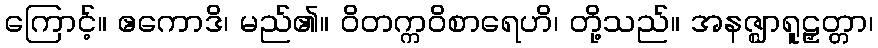
ကြောင့်။ ဧကောဒိ၊ မည်၏။ ဝိတက္ကဝိစာရေဟိ၊ တို့သည်။ အနဇ္ဈာရူဠှတ္တာ၊